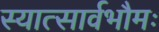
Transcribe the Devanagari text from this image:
स्यात्सार्वभौमः